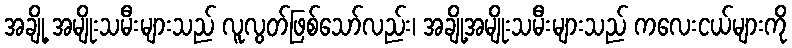
အချို့ အမျိုးသမီးများသည် လူလွတ်ဖြစ်သော်လည်း၊ အချို့အမျိုးသမီးများသည် ကလေးငယ်များကို